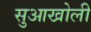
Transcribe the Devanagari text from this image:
सुआखोली